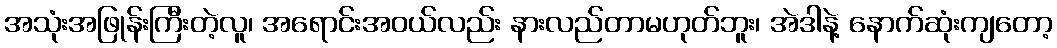
အသုံးအဖြုန်းကြီးတဲ့လူ၊ အရောင်းအဝယ်လည်း နားလည်တာမဟုတ်ဘူး၊ အဲဒါနဲ့ နောက်ဆုံးကျတော့